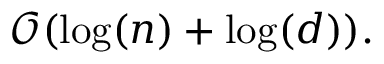
{ \mathcal { O } } ( \log ( n ) + \log ( d ) ) .